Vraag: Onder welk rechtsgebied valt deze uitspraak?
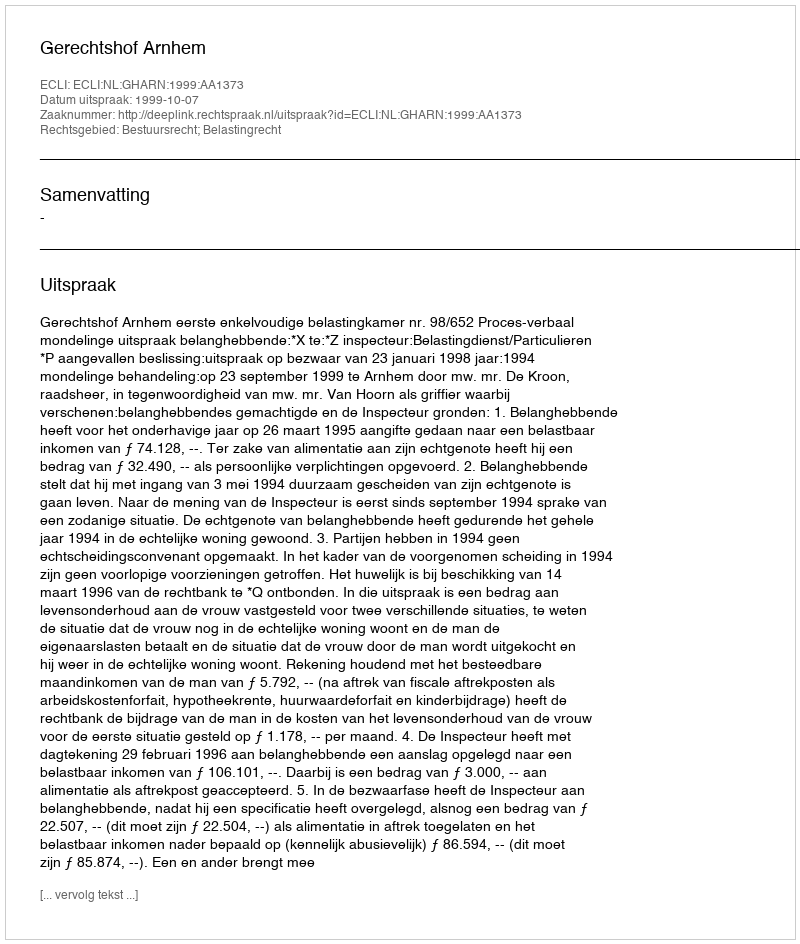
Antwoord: Bestuursrecht; Belastingrecht